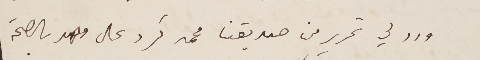
ورد لي تحرير من صديقنا محمد كرد على وهو بالصحة